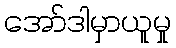
အော်ဒါမှာယူမှု